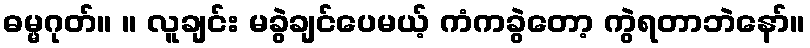
ဓမ္မဂုတ်။ ။ လူချင်း မခွဲချင်ပေမယ့် ကံကခွဲတော့ ကွဲရတာဘဲနော်။